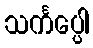
သင်္ကပ္ပေါ